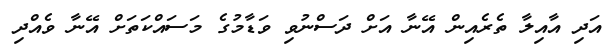
އަދި އާއިލާ ތެރެއިން އޭނާ އަށް ދަސްނުވި ވަޑާމުގެ މަސައްކަތަށް އޭނާ ވެއްދި